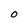
Character: O